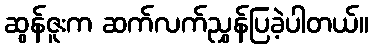
ဆွန်ဇူးက ဆက်လက်ညွှန်ပြခဲ့ပါတယ်။